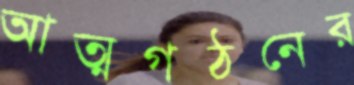
আত্মগঠনের